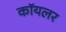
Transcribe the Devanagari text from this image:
कॉयलर